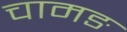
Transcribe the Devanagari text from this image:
चामङ